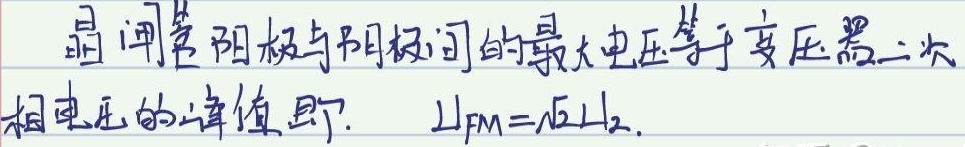
晶闸管阳极与阴极间的最大电压等于变压器二次相电压的峰值,即: \(U_{FM}=\sqrt{2}U_{2}\)。